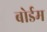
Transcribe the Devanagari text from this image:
बोर्डम